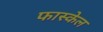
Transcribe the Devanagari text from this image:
फास्केल